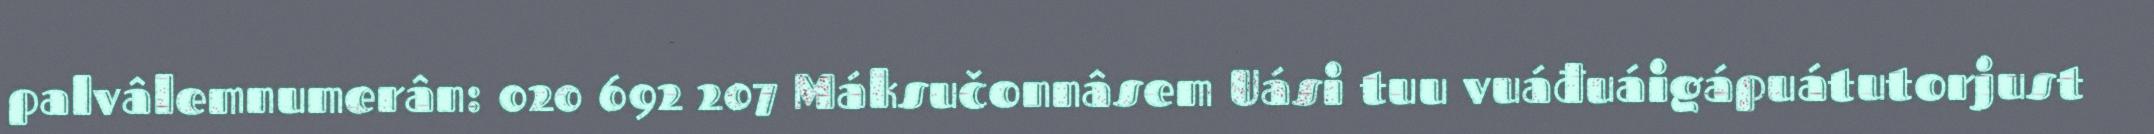
palvâlemnumerân: 020 692 207 Máksučonnâsem Uási tuu vuáđuáigápuátutorjust